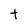
Character: t